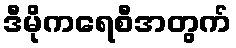
ဒီမိုကရေစီအတွက်